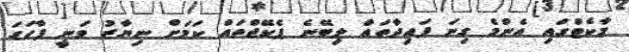
މާކެޓްގައި އެންމެ ގިނަ ފައިދާތައް ލިބޭނެ ޕެކޭޖްތައް ކަމަށް ނިޔާޒު ވަނީ ފާހަގަ